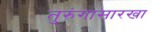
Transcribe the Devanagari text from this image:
तुरुंगासारखा